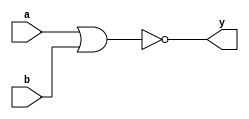
module norgate(a,b,y);
  
  input a,b;
  output y;
  
  nor g1 (y,a,b);
  
endmodule